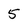
Character: 5